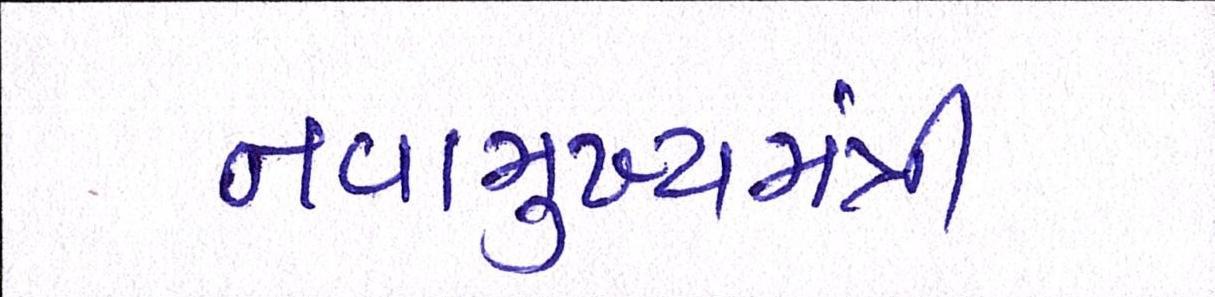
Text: નવામુખ્યમંત્રી